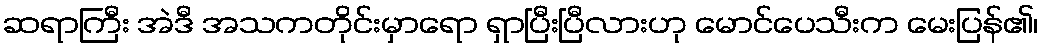
ဆရာကြီး အဲဒီ အသကတိုင်းမှာရော ရှာပြီးပြီလားဟု မောင်ပေသီးက မေးပြန်၏၊